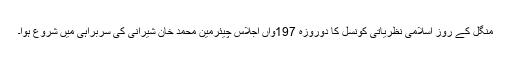
منگل کے روز اسلامی نظریاتی کونسل کا دوروزہ 197واں اجلاس چیئرمین محمد خان شیرانی کی سربراہی میں شروع ہوا۔